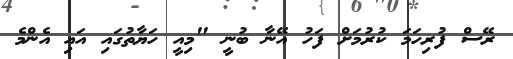
ރޭސް ފުރިހަމަ ކުރުމަށް ފަހު އޭނާ ބުނީ "މިއީ ހަޔާތުގައި އައި އެންމެ